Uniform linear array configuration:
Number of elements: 12
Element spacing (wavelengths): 1
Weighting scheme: hamming
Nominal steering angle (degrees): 15
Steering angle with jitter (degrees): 16.819
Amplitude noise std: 0.05
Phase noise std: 0.05

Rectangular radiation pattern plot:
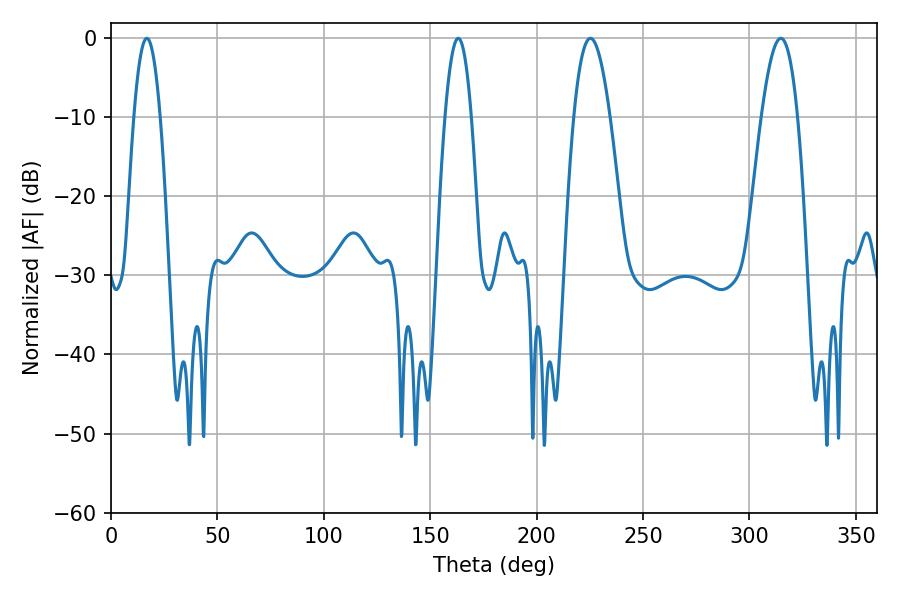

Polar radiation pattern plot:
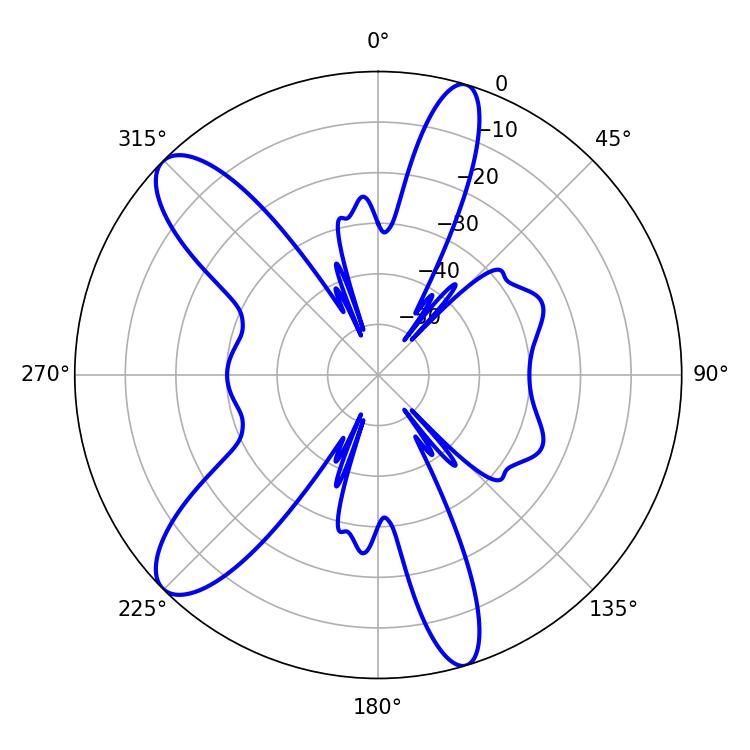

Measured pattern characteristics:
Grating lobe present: TRUE
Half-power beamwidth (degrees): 9.18
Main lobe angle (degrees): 225.18